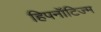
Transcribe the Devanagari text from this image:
हिपनॉटिज्म